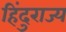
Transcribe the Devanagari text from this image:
हिंदुराज्य